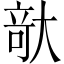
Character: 𪥘